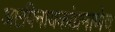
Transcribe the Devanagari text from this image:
अष्टविनायकांप्रमाणेच